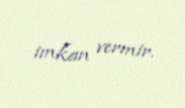
imkan vermir.